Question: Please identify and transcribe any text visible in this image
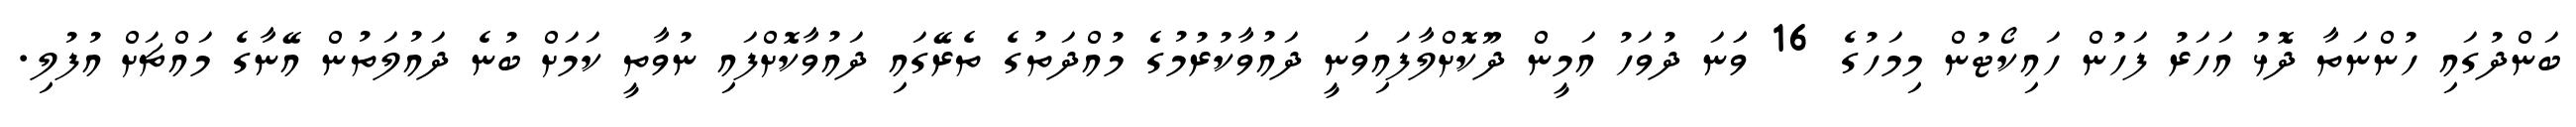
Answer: ބަންދުގައި ހުންނަތާ ދޮޅު އަހަރު ފަހުން ހައިކޯޓުން މިމަހުގެ 16 ވަަނަ ދުވަހު އަމީން ދޫކޮށްލާފައިވަނީ ދައުވާކުރުމުގެ މުއްދަތުގެ ތެރޭގައި ދައުވާކޮށްފައި ނުވާތީ ކަމަށް ބުނެ ދައުލަތުން އޭނާގެ މައްޗަށް އުފުލި.